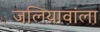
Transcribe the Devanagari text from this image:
जलियावांला